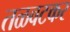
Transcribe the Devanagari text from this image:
तळवटकर